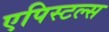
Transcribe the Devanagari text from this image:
एपिस्टल्स